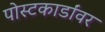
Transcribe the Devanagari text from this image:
पोस्टकार्डांवर